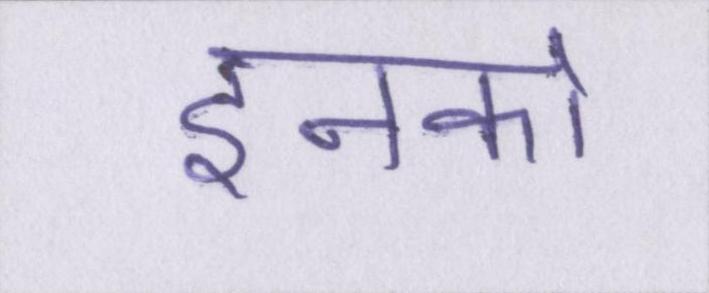
इनको